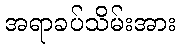
အရာခပ်သိမ်းအား